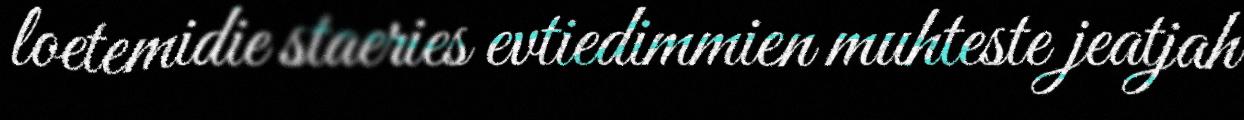
loetemidie staeries evtiedimmien muhteste jeatjah